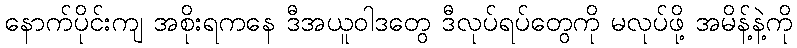
နောက်ပိုင်းကျ အစိုးရကနေ ဒီအယူဝါဒတွေ ဒီလုပ်ရပ်တွေကို မလုပ်ဖို့ အမိန့်နဲ့ကို